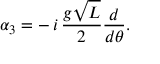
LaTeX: \alpha _ { 3 } = - \, i \, { \frac { g \sqrt L } { 2 } } { \frac { d } { d \theta } } .